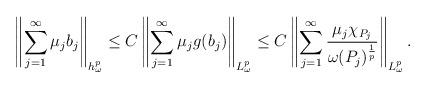
LaTeX: \begin{align*}\left \|\sum\limits_{j=1}^{\infty}\mu_{j}b_{j}\right \|_{h_{\omega}^{p}}\leq C\left \|\sum\limits_{j=1}^{\infty}\mu_{j}g(b_{j})\right \|_{L_{\omega}^{p}}\leq C\left \|\sum\limits_{j=1}^{\infty}\frac{\mu_{j}\chi_{P_{j}}}{\omega(P_{j})^{\frac{1}{p}}}\right \|_{L_{\omega}^{p}}.\end{align*}